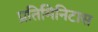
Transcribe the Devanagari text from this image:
प्रतिमिनिटास